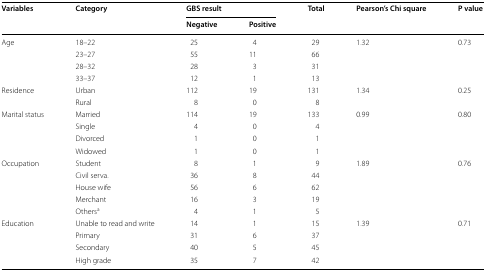
| <ROWSPAN=2> Variables | <ROWSPAN=2> Category | <COLSPAN=2> GBS result | <ROWSPAN=2> Total | <ROWSPAN=2> Pearson’s Chi square | <ROWSPAN=2> P value |
 | Negative | Positive |
 | --- | --- | --- | --- | --- | --- | --- |
 | <ROWSPAN=4> Age | 18–22 | 25 | 4 | 29 | <ROWSPAN=4> 1.32 | <ROWSPAN=4> 0.73 |
 | 23–27 | 55 | 11 | 66 |
 | 28–32 | 28 | 3 | 31 |
 | 33–37 | 12 | 1 | 13 |
 | <ROWSPAN=2> Residence | Urban | 112 | 19 | 131 | <ROWSPAN=2> 1.34 | <ROWSPAN=2> 0.25 |
 | Rural | 8 | 0 | 8 |
 | <ROWSPAN=4> Marital status | Married | 114 | 19 | 133 | <ROWSPAN=4> 0.99 | <ROWSPAN=4> 0.80 |
 | Single | 4 | 0 | 4 |
 | Divorced | 1 | 0 | 1 |
 | Widowed | 1 | 0 | 1 |
 | <ROWSPAN=5> Occupation | Student | 8 | 1 | 9 | <ROWSPAN=5> 1.89 | <ROWSPAN=5> 0.76 |
 | Civil serva. | 36 | 8 | 44 |
 | House wife | 56 | 6 | 62 |
 | Merchant | 16 | 3 | 19 |
 | Othersa | 4 | 1 | 5 |
 | <ROWSPAN=4> Education | Unable to read and write | 14 | 1 | 15 | <ROWSPAN=4> 1.39 | <ROWSPAN=4> 0.71 |
 | Primary | 31 | 6 | 37 |
 | Secondary | 40 | 5 | 45 |
 | High grade | 35 | 7 | 42 |